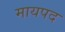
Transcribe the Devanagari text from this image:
मायपद